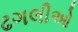
ઢગલીઓ